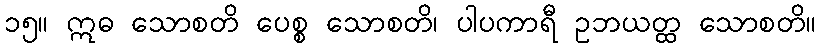
၁၅။ ဣဓ သောစတိ ပေစ္စ သောစတိ၊ ပါပကာရီ ဥဘယတ္ထ သောစတိ။